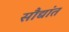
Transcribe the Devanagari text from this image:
सौद्यांत